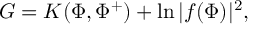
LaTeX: G = K ( \Phi , \Phi ^ { + } ) + \ln | f ( \Phi ) | ^ { 2 } ,